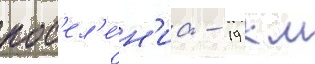
пос'ел'е́н'иа - 19 км